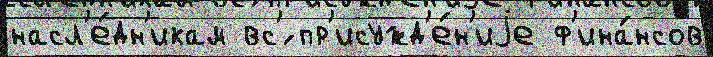
насл'е́дн'икам вс'́ пр'исужд'е́н'иjе ф'ина́нсов